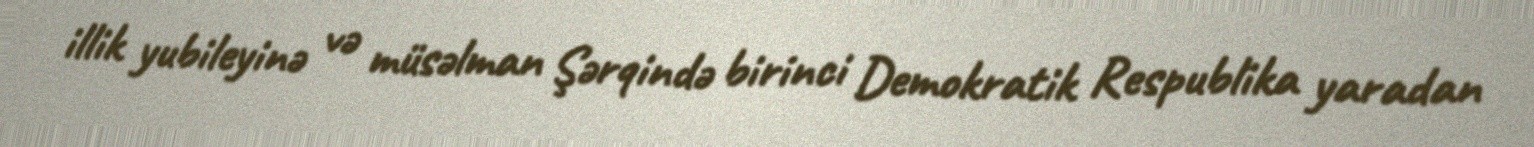
illik yubileyinə və müsəlman Şərqində birinci Demokratik Respublika yaradan